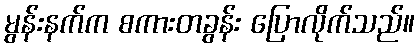
မွန်းနက်က စကားတခွန်း ပြောလိုက်သည်။